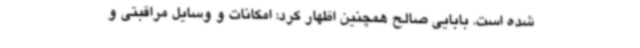
شده است. بابایی صالح همچنین اظهار کرد: امکانات و وسایل مراقبتی و